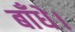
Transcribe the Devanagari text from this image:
बाँधे।